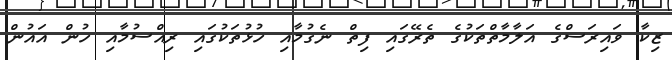
ޒިކާ ވައިރަސްގެ އަލާމާތްތަކުގެ ތެރޭގައި ފިތް ނެގުމާއި ހުޅުތަކުގައި ރިއްސުމާއި ހުން އައުން